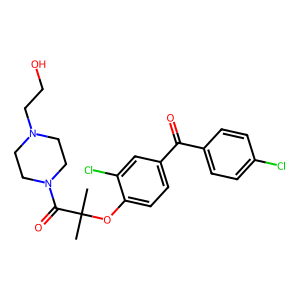
SMILES: CC(C)(Oc1ccc(C(=O)c2ccc(Cl)cc2)cc1Cl)C(=O)N1CCN(CCO)CC1
Inhibits HIV replication: No